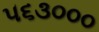
૫૬૩૦૦૦